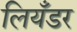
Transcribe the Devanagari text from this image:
लियँडर